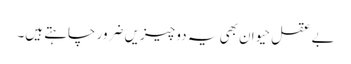
بے عقل حیوان بھی یہ دو چیزیں ضرور چاہتے ہیں۔